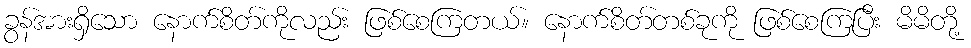
ခွန်အားရှိသော နောက်စိတ်ကိုလည်း ဖြစ်စေကြတယ်။ နောက်စိတ်တစ်ခုကို ဖြစ်စေကြပြီး မိမိတို့